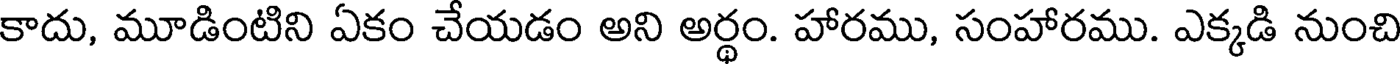
కాదు, మూడింటిని ఏకం చేయడం అని అర్థం. హారము, సంహారము. ఎక్కడి నుంచి